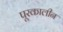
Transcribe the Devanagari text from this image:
पूरकालीन